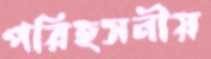
পরিহসনীয়